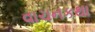
વાચનકથા